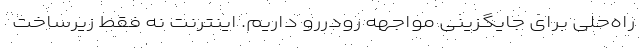
راه‌حلی برای جایگزینی مواجهه رودررو داریم. اینترنت نه فقط زیرساخت